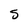
Character: S